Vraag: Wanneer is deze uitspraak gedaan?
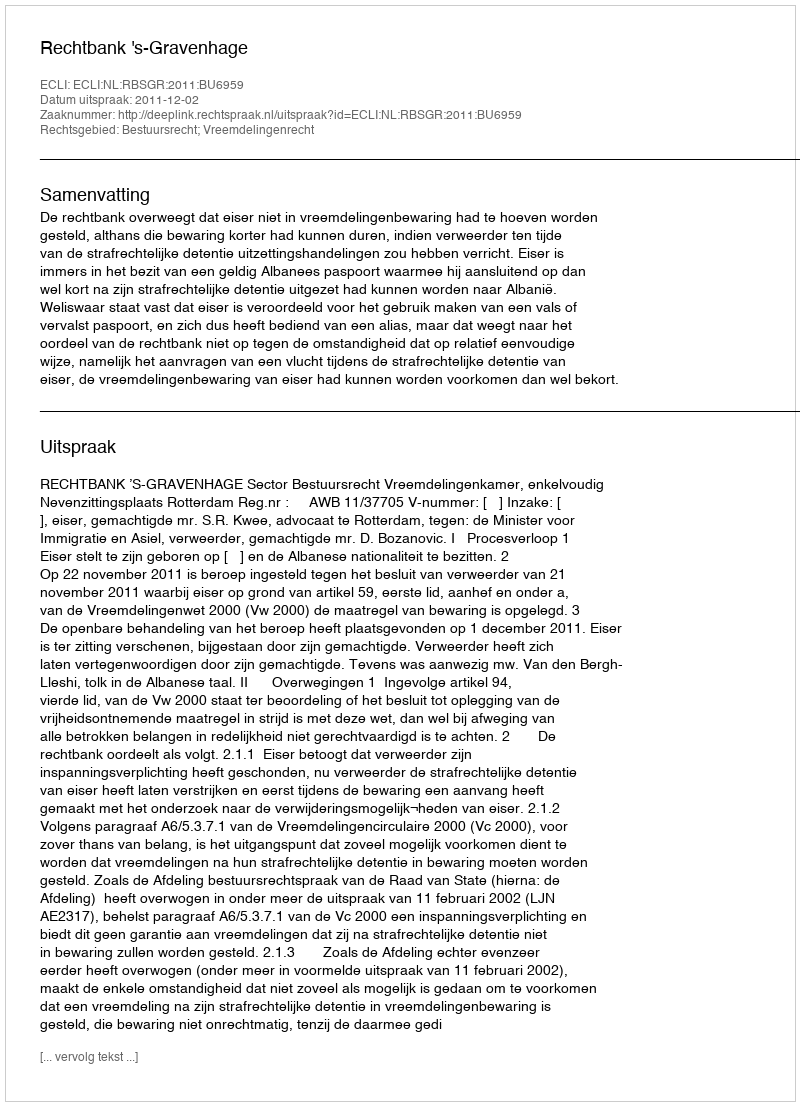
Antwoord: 2011-12-02